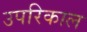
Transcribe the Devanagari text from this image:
उपरिकाल